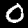
Label: 0